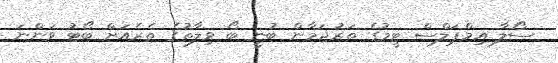
ސޯލާ އިމްޕަލްސް ޓީމުގެ ތަރުޖަމާން ބުނީ ބޯ ވިލާތުގެ ތެރެއަށް ބޯޓު ވަންނަ